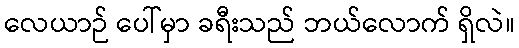
လေယာဉ် ပေါ်မှာ ခရီးသည် ဘယ်လောက် ရှိလဲ။